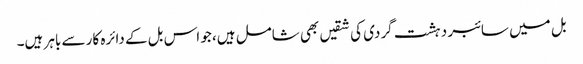
بل میں سائبر دہشت گردی کی شقیں بھی شامل ہیں، جو اس بل کے دائرہ کار سے باہر ہیں۔